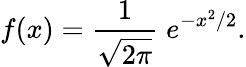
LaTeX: f(x)={\frac{1}{\sqrt{2\pi}}}\; e^{-x^{2}/2}.